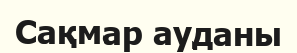
Сақмар ауданы